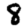
Digit: 8